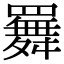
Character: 𦌬